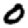
Digit: 0